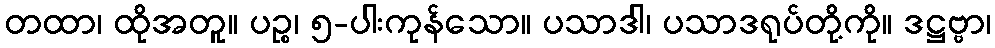
တထာ၊ ထိုအတူ။ ပဉ္စ၊ ၅-ပါးကုန်သော။ ပသာဒါ၊ ပသာဒရုပ်တို့ကို။ ဒဋ္ဌဗ္ဗာ၊